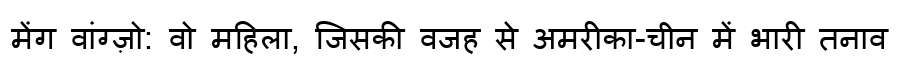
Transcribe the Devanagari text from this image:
मेंग वांग्ज़ो: वो महिला, जिसकी वजह से अमरीका-चीन में भारी तनाव